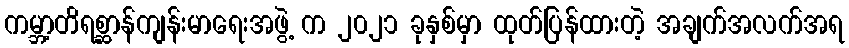
ကမ္ဘာ့တိရစ္ဆာန်ကျန်းမာရေးအဖွဲ့ က ၂၀၂၁ ခုနှစ်မှာ ထုတ်ပြန်ထားတဲ့ အချက်အလက်အရ